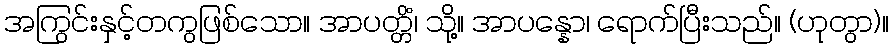
အကြွင်းနှင့်တကွဖြစ်သော။ အာပတ္တိံ၊ သို့။ အာပန္နော၊ ရောက်ပြီးသည်။ (ဟုတွာ)။